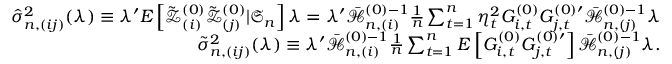
\begin{array} { r l r } & { } & { \hat { \sigma } _ { n , ( i j ) } ^ { 2 } ( \lambda ) \equiv \lambda ^ { \prime } E \left[ \mathcal { \tilde { Z } } _ { ( i ) } ^ { ( 0 ) } \mathcal { \tilde { Z } } _ { ( j ) } ^ { ( 0 ) } | \mathfrak { S } _ { n } \right] \lambda = \lambda ^ { \prime } \mathcal { \bar { H } } _ { n , ( i ) } ^ { ( 0 ) - 1 } \frac { 1 } { n } \sum _ { t = 1 } ^ { n } \eta _ { t } ^ { 2 } G _ { i , t } ^ { ( 0 ) } G _ { j , t } ^ { ( 0 ) \prime } \mathcal { \bar { H } } _ { n , ( j ) } ^ { ( 0 ) - 1 } \lambda } \\ & { } & { \tilde { \sigma } _ { n , ( i j ) } ^ { 2 } ( \lambda ) \equiv \lambda ^ { \prime } \mathcal { \bar { H } } _ { n , ( i ) } ^ { ( 0 ) - 1 } \frac { 1 } { n } \sum _ { t = 1 } ^ { n } E \left[ G _ { i , t } ^ { ( 0 ) } G _ { j , t } ^ { ( 0 ) \prime } \right] \mathcal { \bar { H } } _ { n , ( j ) } ^ { ( 0 ) - 1 } \lambda . } \end{array}